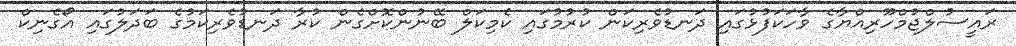
ރައީސުލްޖުމްހޫރިއްޔާގެ ވާހަކަފުޅުގައި ދަނޑުވެރިކަން ކުރުމުގައި ކެމިކަލް ބޭނުންކޮށްގެން ކުރާ ދަނޑުވެރިކަމުގެ ބަދަލުގައި އޯގެނިކް